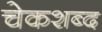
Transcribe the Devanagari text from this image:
चेकशब्द